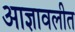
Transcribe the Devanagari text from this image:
आज्ञावलीत